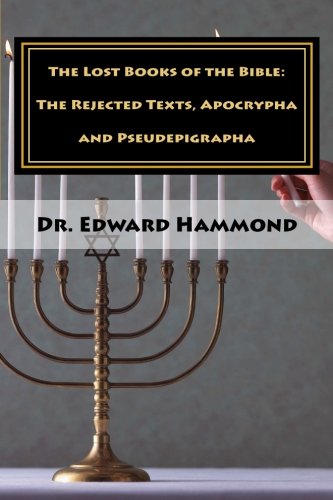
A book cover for The Lost Books of the Bible: The Rejected Texts, Apocrypha and Pseudepigrapha; Dr. Edward Hammond; Christian Books & Bibles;